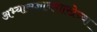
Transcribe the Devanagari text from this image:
अभ्यासज्ञानशाखेच्या